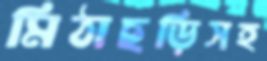
মিঠাছড়িসহ